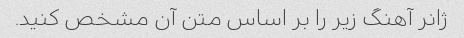
ژانر آهنگ زیر را بر اساس متن آن مشخص کنید.